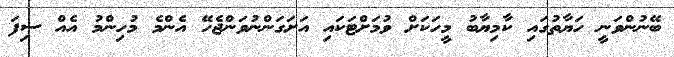
ބޭނުންވަނީ ހަޔާތުގައި ކާމިޔާބު މީހަކަށް ވުމަށްޓަކައި އަށަގަންނުވަންޖެހޭ އެންމެ މުހިންމު އެއް ސިފަ